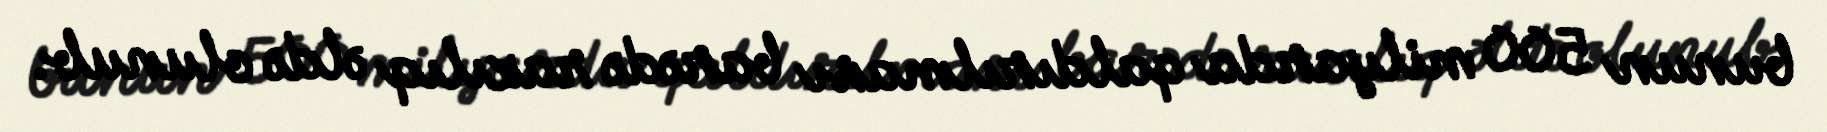
bunun 500 milyarda qaldırılması barədə razılıq əldə olunub.